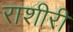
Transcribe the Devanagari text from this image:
राशीरी